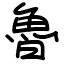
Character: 魯